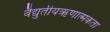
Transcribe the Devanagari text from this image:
वैद्युतीयऋणात्मकता